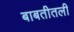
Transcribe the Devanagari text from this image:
बाबतीतली